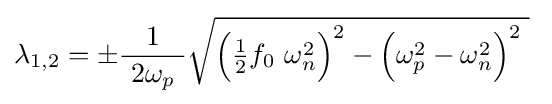
\lambda _{1,2}=\pm {\frac {1}{\ 2\omega _{p}\ }}{\sqrt {{\Bigl (}{\tfrac {1}{2}}f_{0}\ \omega _{n}^{2}{\Bigr )}^{2}-{\Bigl (}\omega _{p}^{2}-\omega _{n}^{2}{\Bigr )}^{2}\;}}~